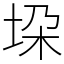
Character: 垜